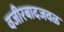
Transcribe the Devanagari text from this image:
वजीरबादजवळ